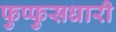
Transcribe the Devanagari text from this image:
फुप्फुसधारी